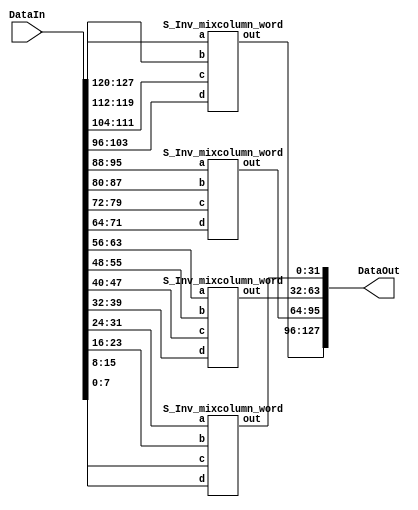
module Inv_MixedColumn (DataIn,DataOut);
  input [127:0] DataIn;
  output [127:0] DataOut;
  
S_Inv_mixcolumn_word word1 (
    .a(DataIn[127:120]), 
    .b(DataIn[119:112]), 
    .c(DataIn[111:104]), 
    .d(DataIn[103:96]), 
    .out(DataOut[127:96])
    );

S_Inv_mixcolumn_word word2 (
    .a(DataIn[95:88]), 
    .b(DataIn[87:80]), 
    .c(DataIn[79:72]), 
    .d(DataIn[71:64]), 
    .out(DataOut[95:64])
    );


S_Inv_mixcolumn_word word3 (
    .a(DataIn[63:56]), 
    .b(DataIn[55:48]), 
    .c(DataIn[47:40]), 
    .d(DataIn[39:32]), 
    .out(DataOut[63:32])
    );


S_Inv_mixcolumn_word word4 (
    .a(DataIn[31:24]), 
    .b(DataIn[23:16]), 
    .c(DataIn[15:8]), 
    .d(DataIn[7:0]), 
    .out(DataOut[31:0])
    );

endmodule


module S_Inv_mixcolumn_word(a,b,c,d,out);
  input [7:0]a,b,c,d;
  output [31:0]out;
  
S_Inv_Mix_Column byte0 (
    .a(a), 
    .b(b), 
    .c(c), 
    .d(d), 
    .Dec(out[31:24])
    );
    
    
S_Inv_Mix_Column byte1 (
    .a(b), 
    .b(c), 
    .c(d), 
    .d(a), 
    .Dec(out[23:16])
    );


S_Inv_Mix_Column byte2 (
    .a(c), 
    .b(d), 
    .c(a), 
    .d(b), 
    .Dec(out[15:8])
    );


S_Inv_Mix_Column byte3 (
    .a(d), 
    .b(a), 
    .c(b), 
    .d(c), 
    .Dec(out[7:0])
    );

endmodule




module S_Inv_Mix_Column(a,b,c,d,Dec);
  input [7:0]a,b,c,d;
  output [7:0]Dec;
  wire [7:0]w1,w2,w3,w4,w5,w6,w7,w8,s1,s2,Enc;
   
assign w1=a^b;
assign w2=a^c;
assign w3=c^d;
assign s1=b^w3;

S_X_time xtime1  (
    .in(w1), 
    .out(w4)
    );

S_X_time xtime2  (
    .in(w3), 
    .out(w5)
    );
assign s2=w2^w5;
assign w6=s2^w4;
S_X_time xtime3  (
    .in(w6), 
    .out(w7)
    );
S_X_time xtime4  (
    .in(w7), 
    .out(w8)
    );
assign Enc=s1^w4;
assign Dec=w8^Enc;

endmodule


module S_X_time(in,out);
  input [7:0]in;
  output [7:0]out;
  xor x1(out[4],in[7],in[3]);
  xor x2(out[3],in[7],in[2]);
  xor x3(out[1],in[7],in[0]);
  assign out[0]=in[7];
  assign out[2]=in[1];
  assign out[5]=in[4]; 
  assign out[6]=in[5];
  assign out[7]=in[6]; 
endmodule